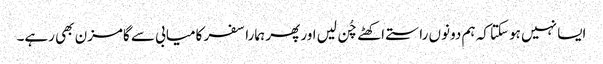
ایسا نہیں ہوسکتا کہ ہم دونوں راستے اکھٹے چُن لیں اور پھر ہمارا سفر کامیابی سے گامزن بھی رہے۔